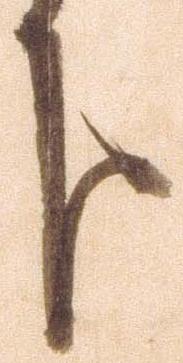
分